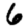
Digit: 6